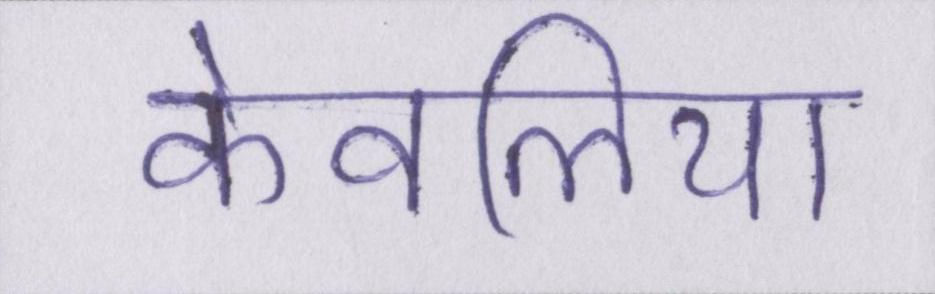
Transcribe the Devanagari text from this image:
केवलिया